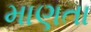
માણતા